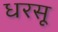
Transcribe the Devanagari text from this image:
धरसू